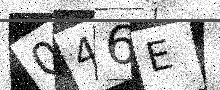
Text: 046E